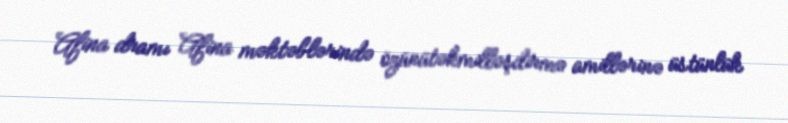
Afina dramı Afina məktəblərində özünütəkmilləşdirmə amillərinə üstünlük